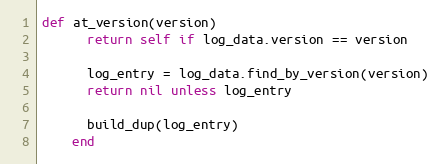
Language: Ruby
def at_version(version)
      return self if log_data.version == version

      log_entry = log_data.find_by_version(version)
      return nil unless log_entry

      build_dup(log_entry)
    end